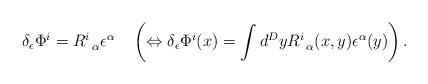
LaTeX: \begin{align*}\delta _\epsilon \Phi ^i=R_{\;\;\alpha }^i\epsilon ^\alpha \quad\left( \Leftrightarrow \delta _\epsilon \Phi ^i(x)=\int d^DyR_{\;\;\alpha}^i(x,y)\epsilon ^\alpha (y)\right) .\end{align*}